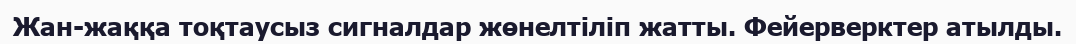
Жан-жаққа тоқтаусыз сигналдар жөнелтіліп жатты. Фейерверктер атылды.